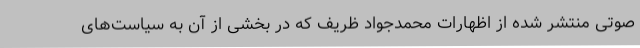
صوتی منتشر شده از اظهارات محمدجواد ظریف که در بخشی از آن به سیاست‌های